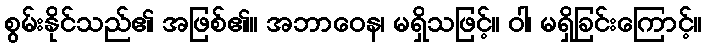
စွမ်းနိုင်သည်၏ အဖြစ်၏။ အဘာဝေန၊ မရှိသဖြင့်။ ဝါ၊ မရှိခြင်းကြောင့်။